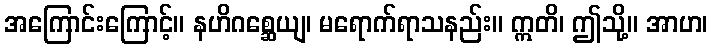
အကြောင်းကြောင့်။ နဟိဂစ္ဆေယျ၊ မရောက်ရာသနည်း။ ဣတိ၊ ဤသို့။ အာဟ၊